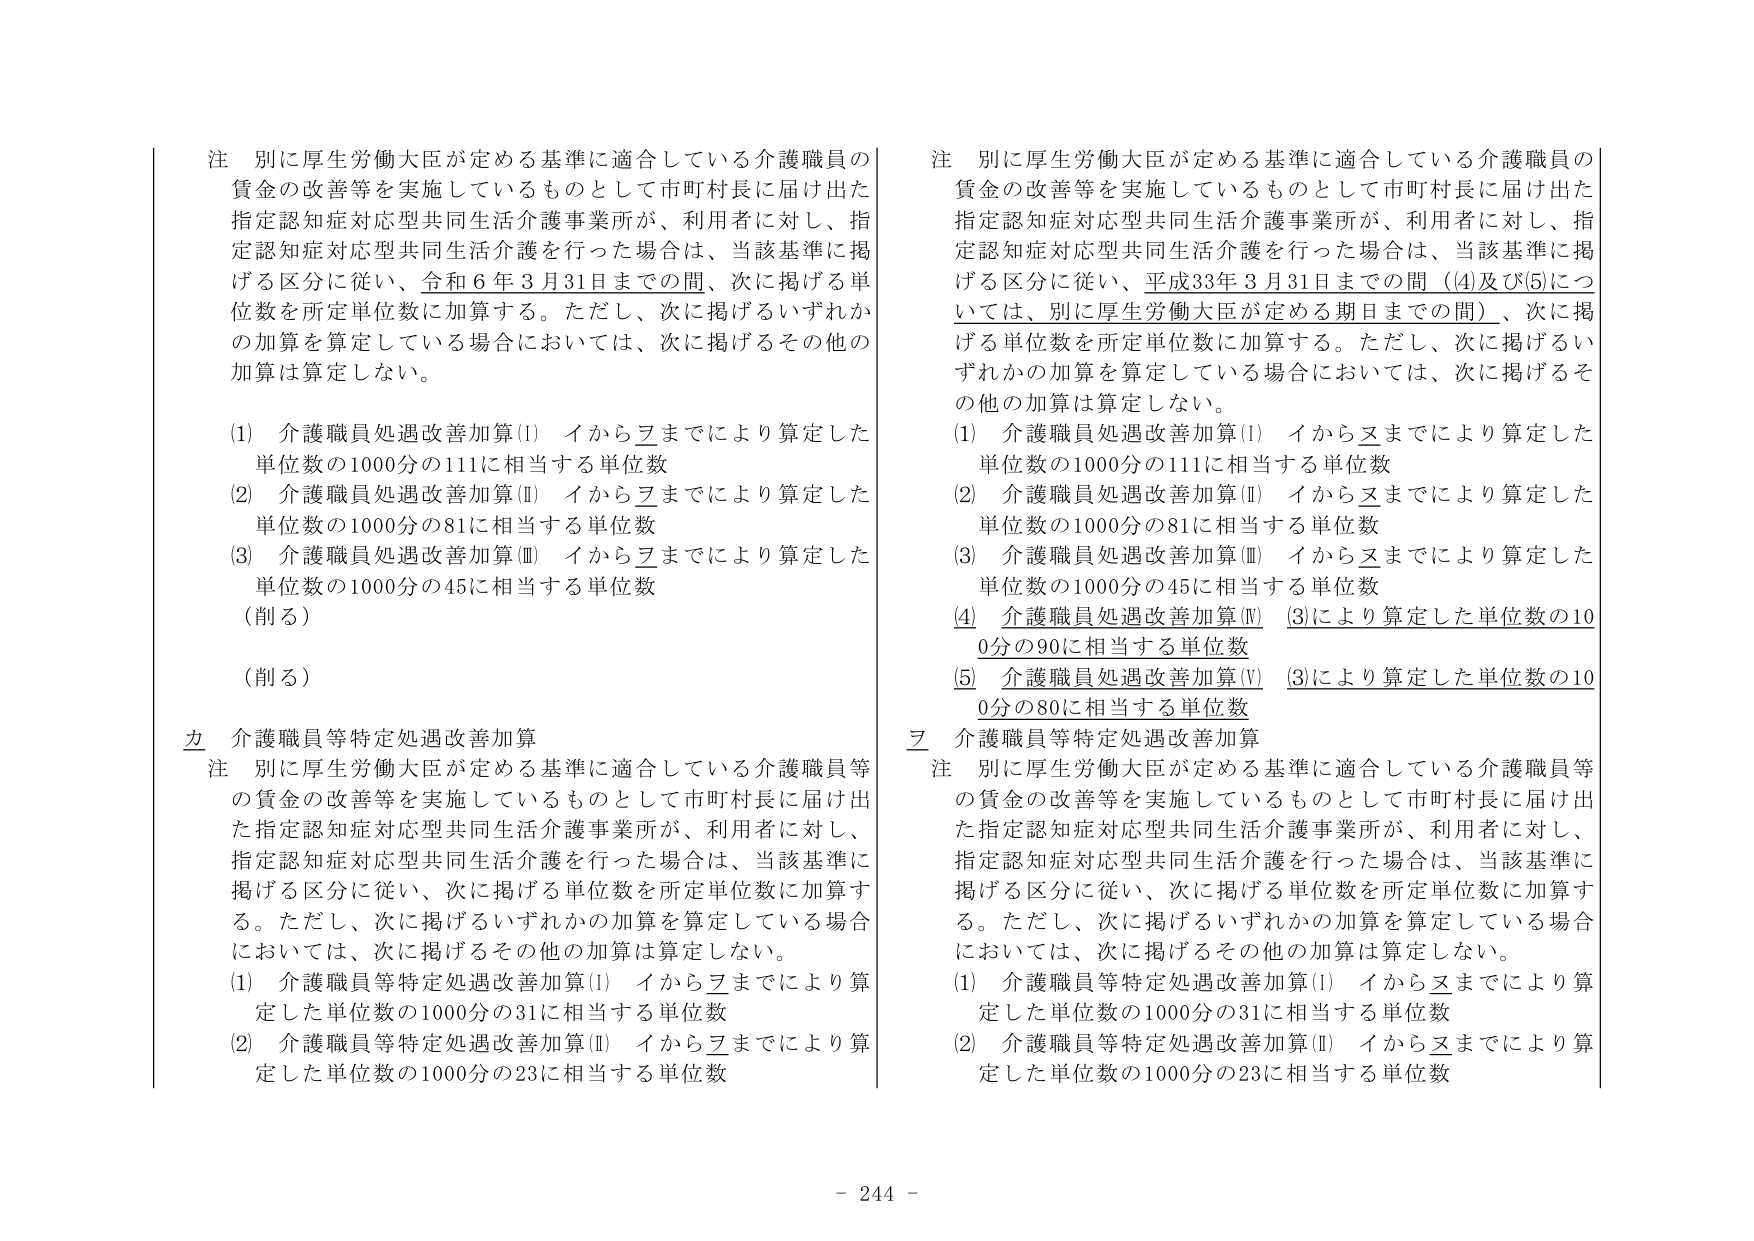
注 別に厚生労働大臣が定める基準に適合している介護職員の
賃金の改善等を実施しているものとして市町村長に届け出た
指定認知症対応型共同生活介護事業所が、利用者に対し、指定
認知症対応型共同生活介護を行った場合は、当該基準に掲
げる区分に従い、令和６年３月31日までの間、次に掲げる単
位数を所定単位数に加算する。ただし、次に掲げるいずれか
の加算を算定している場合においては、次に掲げるその他の
加算は算定しない。
(1) 介護職員処遇改善加算(I) イからヲまでにより算定した
単位数の1000分の111に相当する単位数
(2) 介護職員処遇改善加算(Ⅱ) イからヲまでにより算定した
単位数の1000分の81に相当する単位数
(3) 介護職員処遇改善加算(Ⅲ) イからヲまでにより算定した
単位数の1000分の45に相当する単位数
(削る)
(削る)
カ 介護職員等特定処遇改善加算
注 別に厚生労働大臣が定める基準に適合している介護職員等
の賃金の改善等を実施しているものとして市町村長に届け出
た指定認知症対応型共同生活介護事業所が、利用者に対し、
指定認知症対応型共同生活介護を行った場合は、当該基準に
掲げる区分に従い、次に掲げる単位数を所定単位数に加算す
る。ただし、次に掲げるいずれかの加算を算定している場合
においては、次に掲げるその他の加算は算定しない。
(1) 介護職員等特定処遇改善加算(I) イからヲまでにより算
定した単位数の1000分の31に相当する単位数
(2) 介護職員等特定処遇改善加算(Ⅱ) イからヲまでにより算
定した単位数の1000分の23に相当する単位数

注 別に厚生労働大臣が定める基準に適合している介護職員の
賃金の改善等を実施しているものとして市町村長に届け出た
指定認知症対応型共同生活介護事業所が、利用者に対し、指定
認知症対応型共同生活介護を行った場合は、当該基準に掲
げる区分に従い、平成33年３月31日までの間（(4)及び(5)につ
いては、別に厚生労働大臣が定める期日までの間）、次に掲
げる単位数を所定単位数に加算する。ただし、次に掲げるい
ずれかの加算を算定している場合においては、次に掲げるそ
の他の加算は算定しない。
(1) 介護職員処遇改善加算(I) イからヲまでにより算定した
単位数の1000分の111に相当する単位数
(2) 介護職員処遇改善加算(Ⅱ) イからヲまでにより算定した
単位数の1000分の81に相当する単位数
(3) 介護職員処遇改善加算(Ⅲ) イからヲまでにより算定した
単位数の1000分の45に相当する単位数
(4) 介護職員処遇改善加算(Ⅳ) (3)により算定した単位数の10
0分の90に相当する単位数
(5) 介護職員処遇改善加算(V) (3)により算定した単位数の10
0分の80に相当する単位数
ヲ 介護職員等特定処遇改善加算
注 別に厚生労働大臣が定める基準に適合している介護職員等
の賃金の改善等を実施しているものとして市町村長に届け出
た指定認知症対応型共同生活介護事業所が、利用者に対し、
指定認知症対応型共同生活介護を行った場合は、当該基準に
掲げる区分に従い、次に掲げる単位数を所定単位数に加算す
る。ただし、次に掲げるいずれかの加算を算定している場合
においては、次に掲げるその他の加算は算定しない。
(1) 介護職員等特定処遇改善加算(I) イからヲまでにより算
定した単位数の1000分の31に相当する単位数
(2) 介護職員等特定処遇改善加算(Ⅱ) イからヲまでにより算
定した単位数の1000分の23に相当する単位数

- 244 -